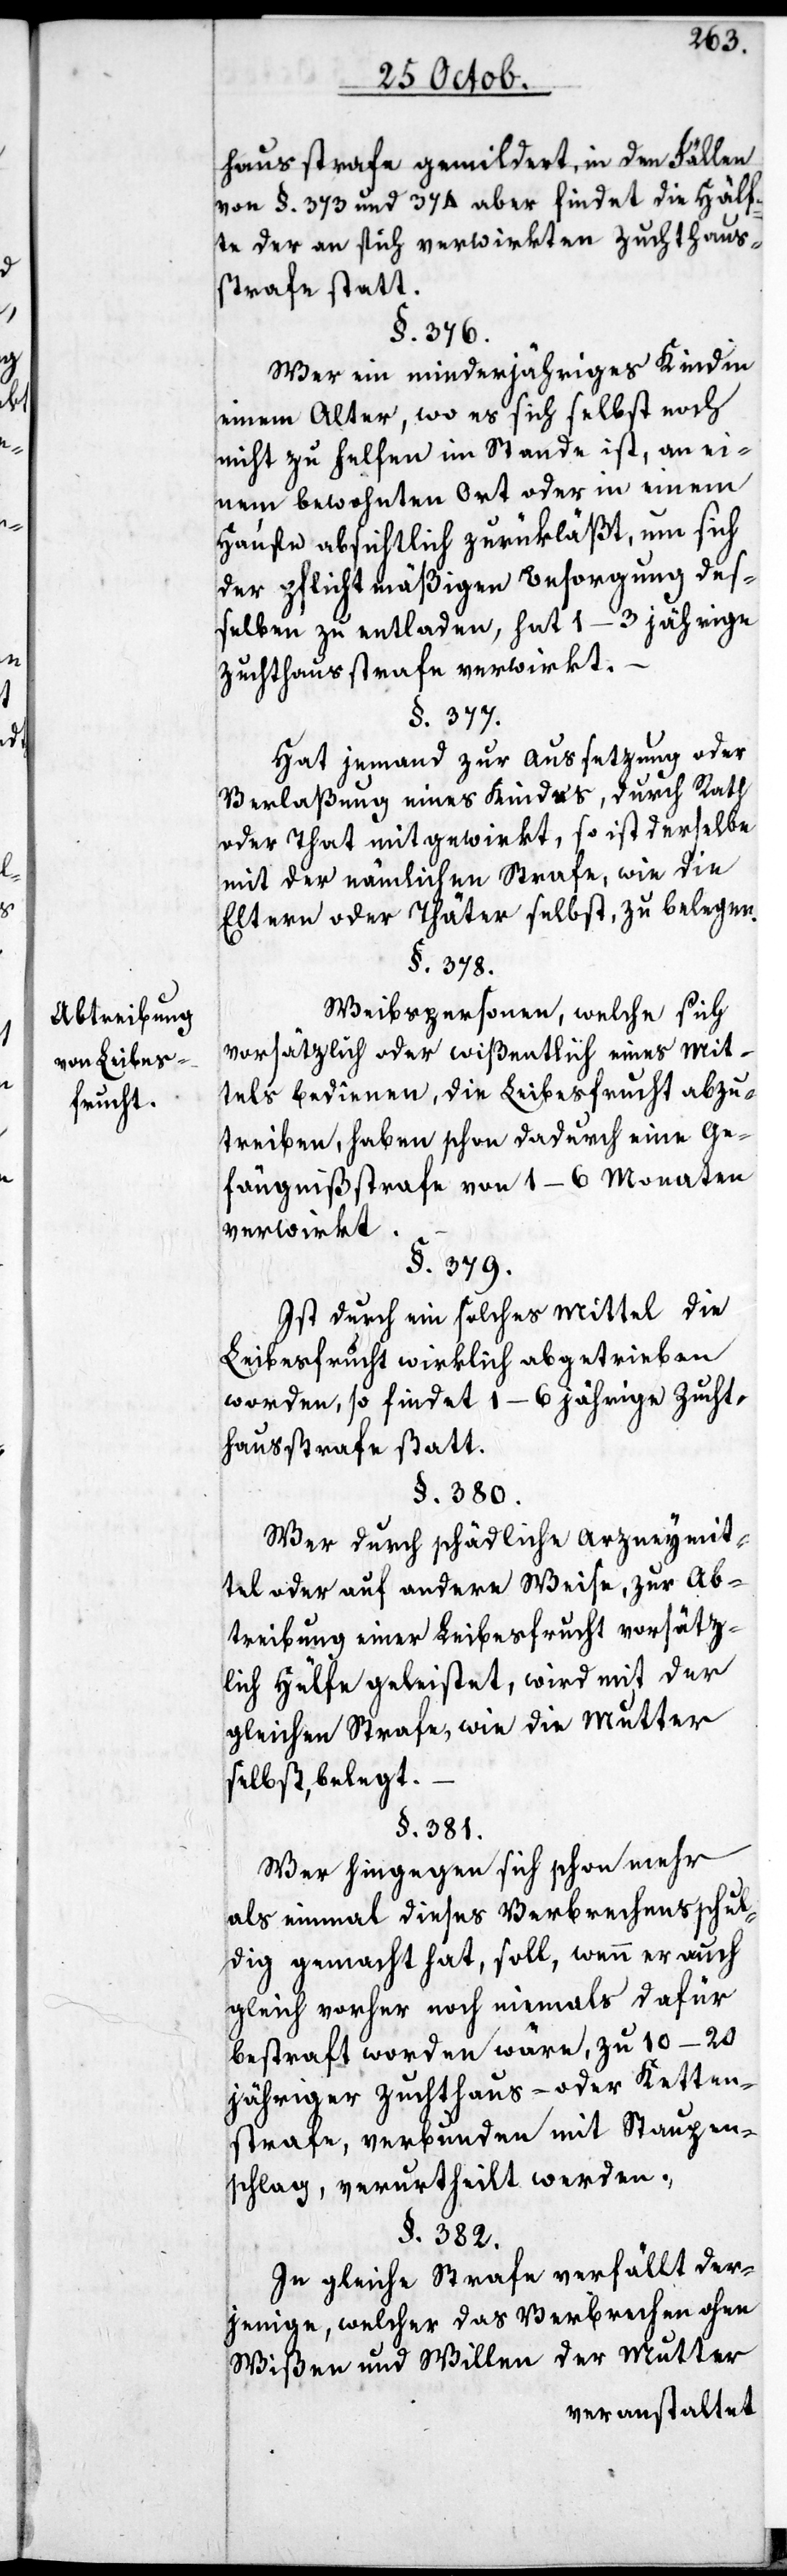
Abtreibung
von Leibes¬
frucht.

hausstrafe gemildert, in den Fällen
von §. 373 und 374 aber findet die Hälf¬
te der an sich verwirkten Zuchthaus¬
strafe statt.
§. 376.
Wer ein minderjähriges Kind in
einem Alter, wo es sich selbst noch
nicht zu helfen im Stande ist, an ei¬
nem bewohnten Ort oder in einem
Hause absichtlich zurükläßt, um sich
der pflichtmäßigen Besorgung de¬
ßelben zu entladen, hat 1–3 jährige
Zuchthausstrafe verwirkt.
§. 377.
Hat jemand zur Außetzung oder
Verlaßung eines Kindes, durch Rath
oder That mitgewirkt, so ist derselbe
mit der nämmlichen Strafe, wie die
Eltern oder Thäter selbst, zu belegen.
§. 378.
Weibspersonen, welche sich
vorsätzlich oder wißentlich eines Mit¬
tels bedienen, die Leibesfrucht abzu¬
treiben, haben schon dadurch eine Ge¬
fängnißstrafe von 1–6 Monaten
verwirkt.
§. 379.
Ist durch ein solches Mittel die
Leibesfrucht wirklich abgetrieben
worden, so findet 1–6 jährige Zucht¬
hausstrafe statt.
§. 380.
Wer durch schädliche Arzneymit¬
tel oder auf andere Weise, zur Ab¬
treibung einer Leibesfrucht vorsätz¬
lich Hülfe geleistet, wird mit der
gleichen Strafe, wie die Mutter
selbst, belegt.
§. 381.
Wer hingegen sich schon mehr
als einmal dieses Verbrechens schul¬
dig gemacht hat, soll, wenn er auch
gleich vorher noch niemals dafür
bestraft worden wäre, zu 10–20
jähriger Zuchthaus- oder Ketten¬
strafe, verbunden mit Staupen¬
schlag, verurtheilt werden.
§. 382.
In gleiche Strafe verfällt der¬
jenige, welcher das Verbrechen ohne
Wißen und Willen der Mutter